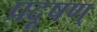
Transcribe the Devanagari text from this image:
प्रदूषण्